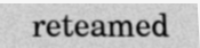
reteamed